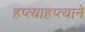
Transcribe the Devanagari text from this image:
हप्त्याहप्त्याने